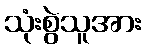
သုံးစွဲသူအား